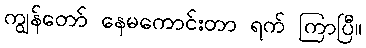
ကျွန်တော် နေမကောင်းတာ ရက် ကြာပြီ။